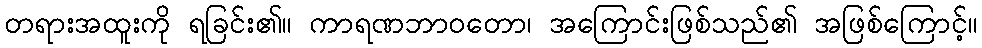
တရားအထူးကို ရခြင်း၏။ ကာရဏဘာဝတော၊ အကြောင်းဖြစ်သည်၏ အဖြစ်ကြောင့်။